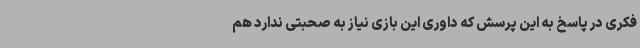
فکری در پاسخ به این پرسش که داوری این بازی نیاز به صحبتی ندارد هم